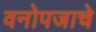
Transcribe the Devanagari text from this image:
वनोपजाचे